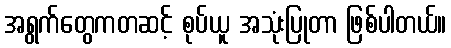
အရွက်တွေကတဆင့် စုပ်ယူ အသုံးပြုတာ ဖြစ်ပါတယ်။